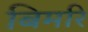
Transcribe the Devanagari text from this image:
बिमरि